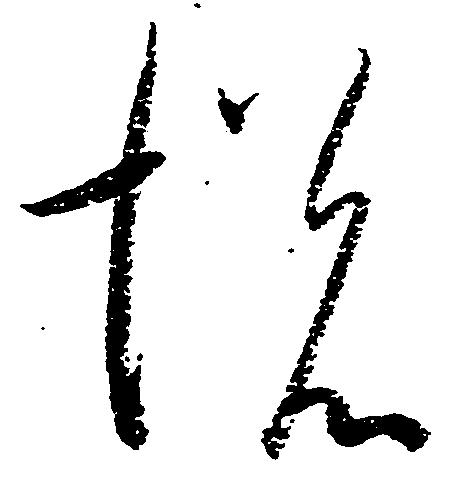
悦